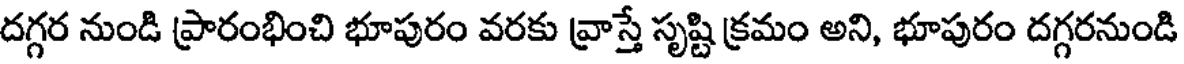
దగ్గర నుండి ప్రారంభించి భూపురం వరకు వ్రాస్తే సృష్టి క్రమం అని, భూపురం దగ్గరనుండి